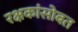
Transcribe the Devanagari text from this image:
रक्षकांसोबत